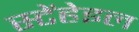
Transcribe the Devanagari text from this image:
स्टेंहेइल